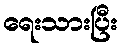
ရေးသားပြီး